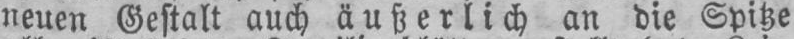
neuen Gestalt auch äußerlich an die Spitze